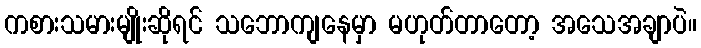
ကစားသမားမျိုးဆိုရင် သဘောကျနေမှာ မဟုတ်တာတော့ အသေအချာပဲ။